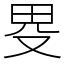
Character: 𤰯